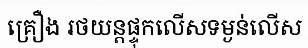
គ្រឿង រថយន្តផ្ទុកលើសទម្ងន់លើស